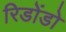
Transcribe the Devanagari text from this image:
रिडोंडो